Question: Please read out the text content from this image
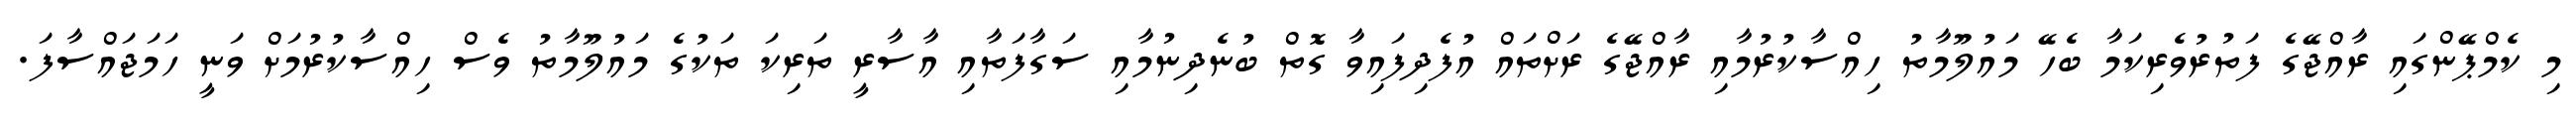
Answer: މި ކެމްޕޭންގައި ރާއްޖޭގެ ފަތުރުވެރިކަމާ ބެހޭ މައުލޫމާތު ހިއްސާކުރުމާއި ރާއްޖޭގެ ރަށްތައް އުފެދިފައިވާ ގޮތް ބުނެދިނުމާއި ސަގާފަތާއި އާސާރީ ތަރިކަ ތަކުގެ މައުލޫމާތު ވެސް ހިއްސާކުރުމަށް ވަނީ ހަމަޖައްސާފަ.